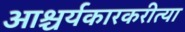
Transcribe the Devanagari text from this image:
आश्चर्यकारकरीत्या